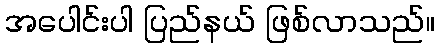
အပေါင်းပါ ပြည်နယ် ဖြစ်လာသည်။